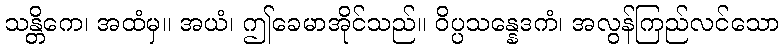
သန္တိကေ၊ အထံမှ။ အယံ၊ ဤခေမာအိုင်သည်။ ဝိပ္ပသန္နေဒကံ၊ အလွန်ကြည်လင်သော